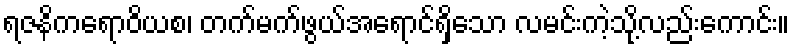
ရဇနိကရောဝိယစ၊ တက်မက်ဖွယ်အရောင်ရှိသော လမင်းကဲ့သို့လည်းကောင်း။